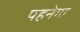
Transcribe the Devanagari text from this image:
पहनेगा